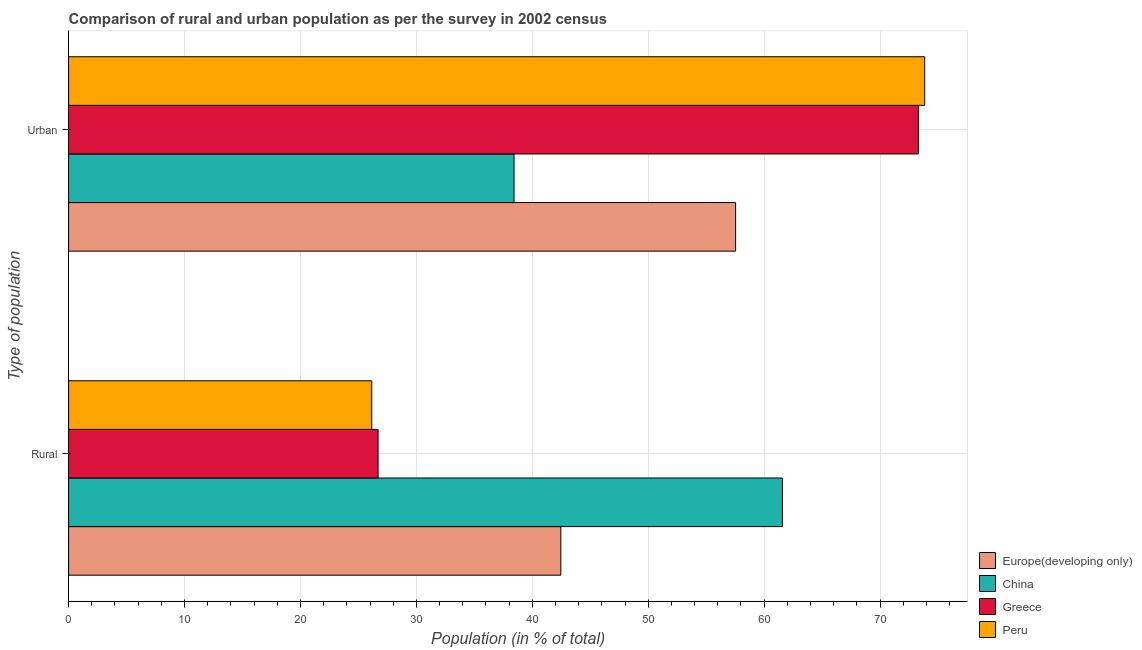
| Type of population | Europe(developing only) | China | Greece | Peru |
 | --- | --- | --- | --- | --- |
 | Rural | 42.5 | 61.6 | 26.7 | 26.1 |
 | Urban | 57.5 | 38.4 | 73.3 | 73.8 |